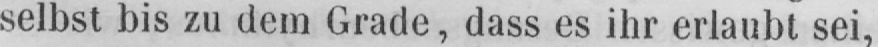
selbst bis zu dem Grade, dass es ihr erlaubt sei,